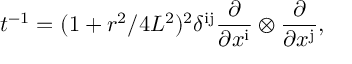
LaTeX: t ^ { - 1 } = ( 1 + r ^ { 2 } / 4 L ^ { 2 } ) ^ { 2 } \delta ^ { \mathrm { i j } } { \frac { \partial } { \partial x ^ { \mathrm { i } } } } \otimes { \frac { \partial } { \partial x ^ { \mathrm { j } } } } ,